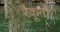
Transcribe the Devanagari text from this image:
रैकूनों